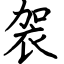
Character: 袈